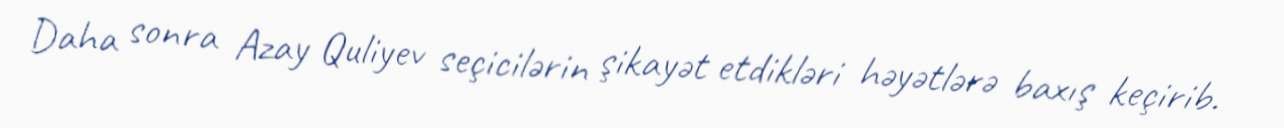
Daha sonra Azay Quliyev seçicilərin şikayət etdikləri həyətlərə baxış keçirib.